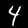
Label: 4